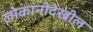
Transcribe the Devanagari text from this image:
लोकांनीदेखील